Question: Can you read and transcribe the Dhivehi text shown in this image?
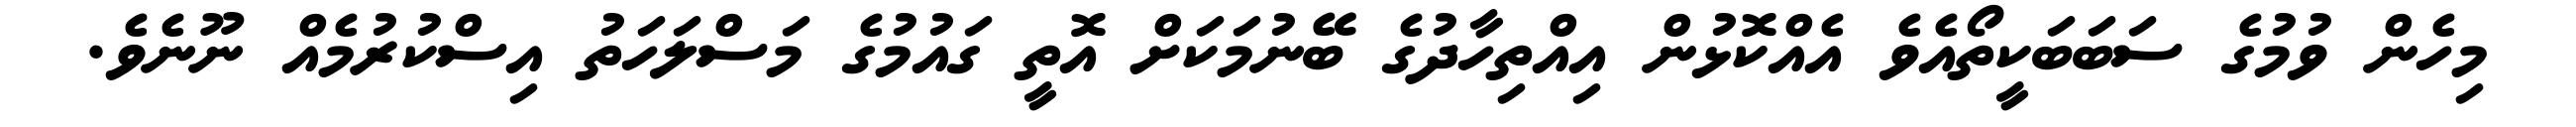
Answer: މިހެން ވުމުގެ ސަބަބަކީތޯއެވެ އެއްކޮޅުން އިއްތިހާދުގެ ބޭނުމަކަށް އޮތީ ގައުމުގެ މަސްލަހަތު އިސްކުރުމެއް ނޫނެވެ.